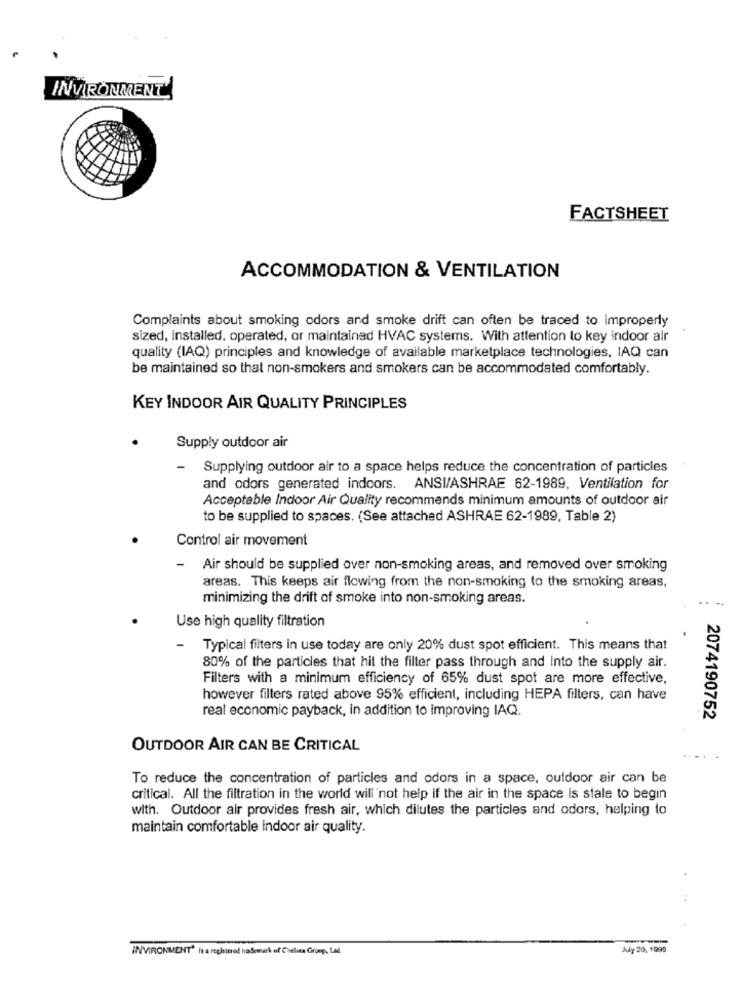
INVIRONMENT'
FACTSHEET
ACCOMMODATION & VENTILATION
Complaints about smoking odors and smoke drift can often be traced to improperly
sized, installed, operated, or maintained HVAC systems. With attention to key indoor air
quality (IAQ) principles and knowledge of available marketplace technologies, IAQ can
be maintained so that non-smokers and smokers can be accommodated comfortably.
KEY INDOOR AIR QUALITY PRINCIPLES
Supply outdoor air
Supplying outdoor air to a space helps reduce the concentration of particles
and odors generated indoors. ANSI/ASHRAE 62-1989, Ventilation for
Acceptable Indoor Air Quality recommends minimum amounts of outdoor air
to be supplied to spaces. (See attached ASHRAE 62-1989, Table 2)
Control air movement
Air should be supplied over non-smoking areas, and removed over smoking
areas. This keeps air flowing from the non-smoking to the smoking areas,
minimizing the drift of smoke into non-smoking areas.
Use high quality filtration
-
Typical filters in use today are only 20% dust spot efficient. This means that
80% of the particles that hit the filter pass through and into the supply air.
Filters with a minimum efficiency of 65% dust spot are more effective,
however filters rated above 95% efficient, including HEPA filters, can have
real economic payback, in addition to improving IAQ.
2074190752
OUTDOOR AIR CAN BE CRITICAL
To reduce the concentration of particles and odors in a space, outdoor air can be
critical. All the filtration in the world will not help if the air in the space Is stale to begin
with. Outdoor air provides fresh air, which dilutes the particles and odors, helping to
maintain comfortable indoor air quality.
ENVIRONMENT' is a registered trademark of Chelsea Groep, tal.
July 20. 1990